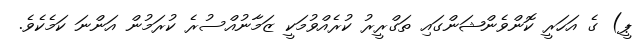
ޕީ) ގެ އަހަރީ ކޮންވެންޝަންގައި ތަގްރީރު ކުރެއްވުމަކީ ޒަމާނުއްސުރެ ކުރަމުން އަންނަ ކަމެކެވެ.